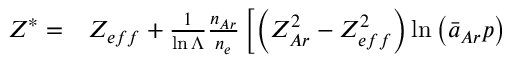
\begin{array} { r l } { Z ^ { * } = } & { { } Z _ { e f f } + \frac { 1 } { \ln \Lambda } \frac { n _ { A r } } { n _ { e } } \left[ \left( Z _ { A r } ^ { 2 } - Z _ { e f f } ^ { 2 } \right) \ln \left( \bar { a } _ { A r } p \right) \right. } \end{array}